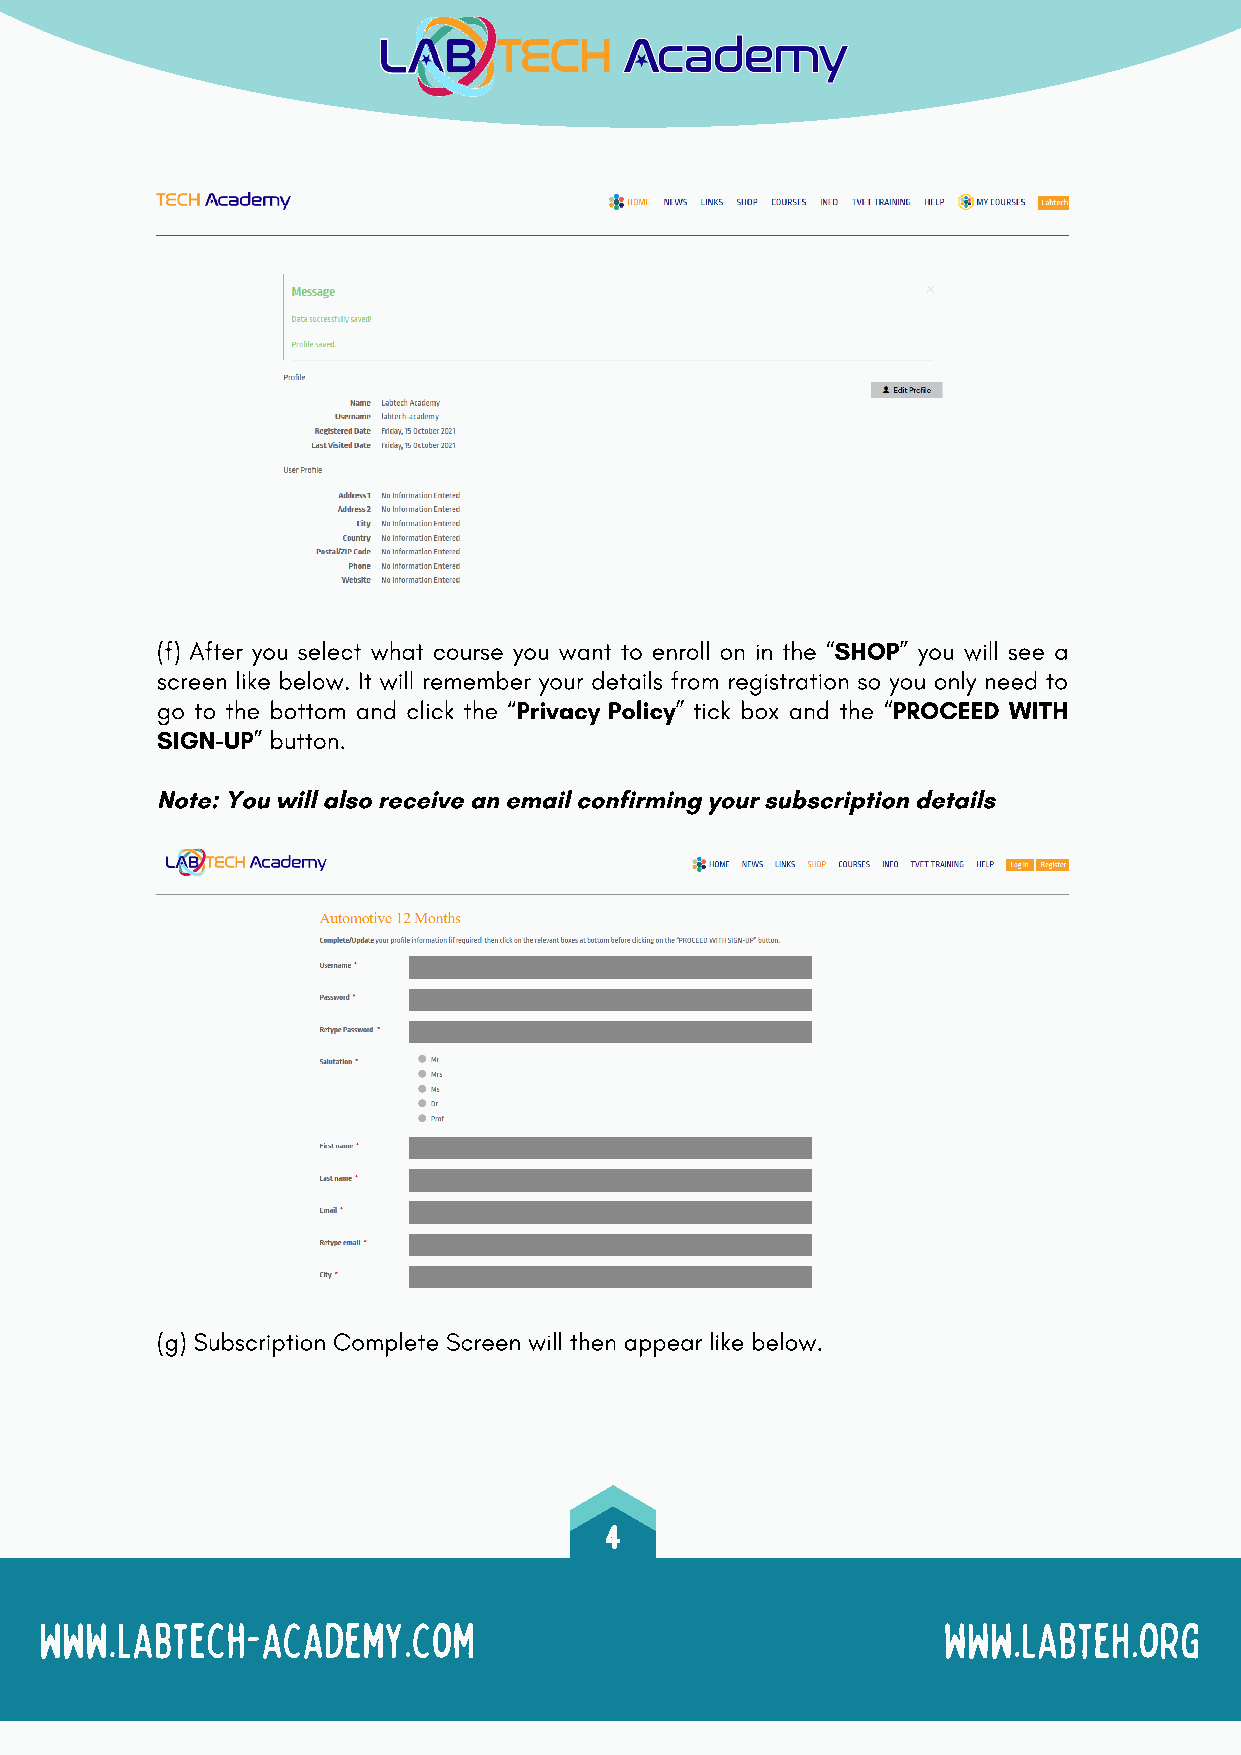
(f) After you select what course you want to enroll on in the “SHOP” you will see a
 screen like below. It will remember your details from registration so you only need to
 go to the bottom and click the “Privacy Policy” tick box and the “PROCEED WITH
 SIGN-UP” button.
 Note: You will also receive an email confirming your subscription details
 (g) Subscription Complete Screen will then appear like below.
 4
 www.labtech-academy.com                                    www.labteh.org